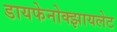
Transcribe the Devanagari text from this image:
डायफेनोक्झायलेट